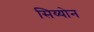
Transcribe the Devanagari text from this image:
सिय्योन